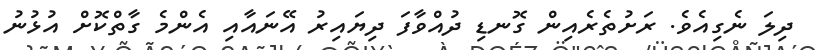
ދިލަ ނެގިއެވެ. ރަށުތެރެއިން ގޮނޑި ދުއްވާފަ ދިޔައިރު އޭނައާއި އެންމެ ގާތްކޮށް އުޅުނު